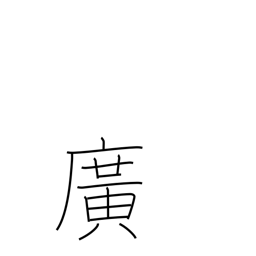
Meaning: broad